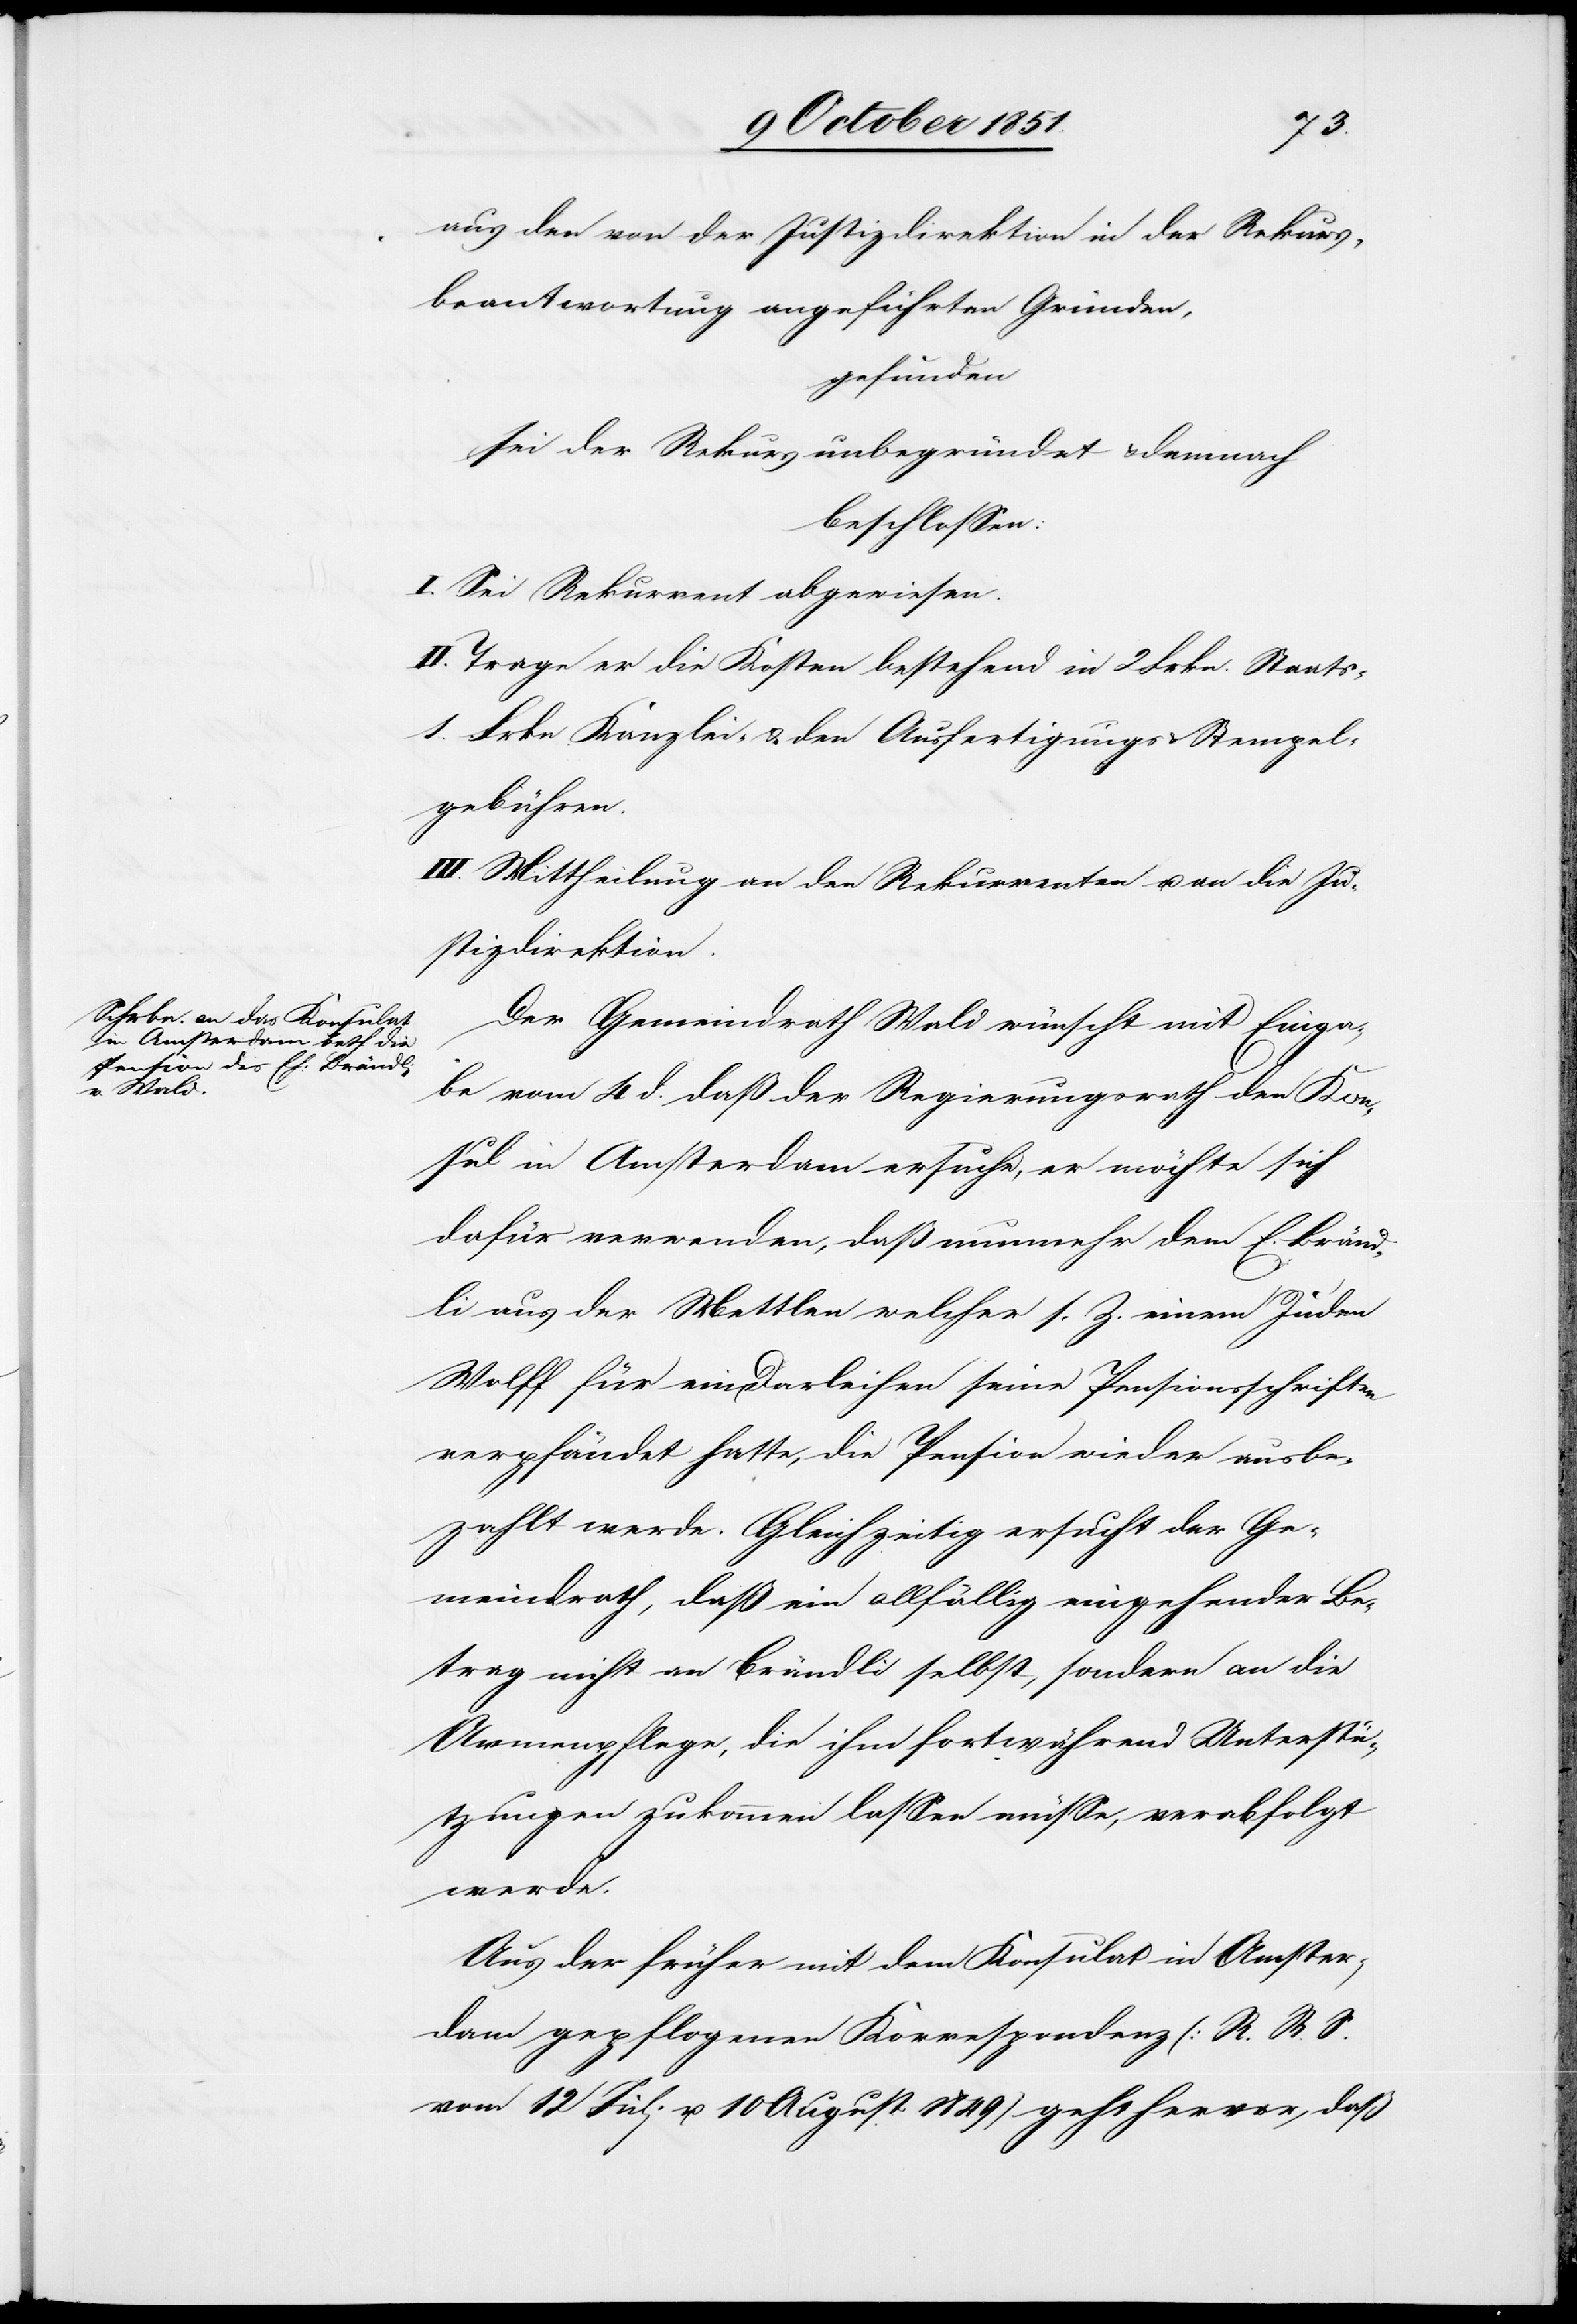
aus den von der Justizdirektion in der Rekurs¬
beantwortung angeführten Gründen,
gefunden
sei der Rekurs unbegründet & demnach
beschlossen:
I. Sei Rekurrent abgewiesen.
II. Trage er die Kosten bestehend in 2 Frkn. Staats-[,]
1 Frkn. Kanzlei- & den Ausfertigungs[-] & Stempel¬
gebühren.
III. Mittheilung an den Rekurrenten u. an die Ju¬
stizdirektion.
Der Gemeindrath Wald wünscht mit Einga¬
be vom 4 d. daß der Regierungsrath den Kon¬
sul in Amsterdam ersuche, er möchte sich
dafür verwenden, daß nunmehr dem E. Bränd¬
li aus der Mettlen welcher s. Z. einem Juden
Wolff für ein Darleihen seine Pensionsschriften
verpfändet hatte, die Pension wieder ausbe¬
zahlt werde. Gleichzeitig ersucht der Ge¬
meindrath, daß ein allfällig eingehender Be¬
trag nicht an Brändli selbst, sondern an die
Armenpflege, die ihm fortwährend Unterstü¬
tzungen zukommen lassen müsse, verabfolgt
werde.
Aus der früher mit dem Konsulat in Amster¬
dam gepflogenen Korrespondenz (R. R. S.
vom 12 Juli u. 10 August 1849) geht hervor, daß